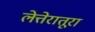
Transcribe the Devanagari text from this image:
लेत्तेरातूरा